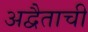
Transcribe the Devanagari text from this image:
अद्वैताची